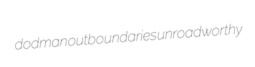
dodman outboundaries unroadworthy